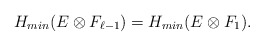
\begin{align*}H_{min}(E\otimes F_{\ell-1})=H_{min}(E\otimes F_1).\end{align*}